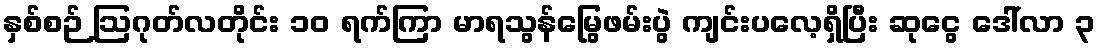
နှစ်စဉ် ဩဂုတ်လတိုင်း ၁၀ ရက်ကြာ မာရသွန်မြွေဖမ်းပွဲ ကျင်းပလေ့ရှိပြီး ဆုငွေ ဒေါ်လာ ၃